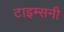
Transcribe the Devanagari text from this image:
टाइम्सनी